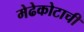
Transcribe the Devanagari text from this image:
मेढेकोटाची